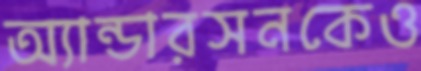
অ্যান্ডারসনকেও